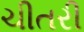
ચીતરી